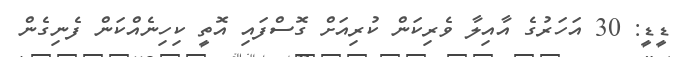
ޑީޑީ: 30 އަހަރުގެ އާއިލާ ވެރިކަން ކުރިއަށް ގޮސްފައި އޮތީ ކިހިނެއްކަން ފެނިގެން